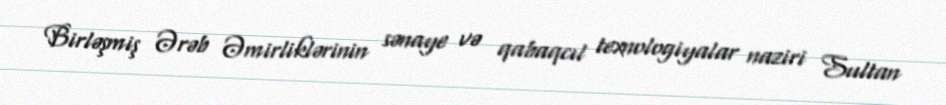
Birləşmiş Ərəb Əmirliklərinin sənaye və qabaqcıl texnologiyalar naziri Sultan